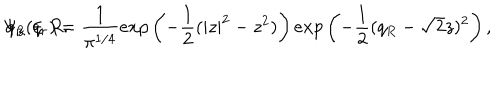
\Psi _ { z } ( q _ { r } ) = \frac { 1 } { \pi ^ { 1 / 4 } } e x p \left( - \frac { 1 } { 2 } ( | z | ^ { 2 } - z ^ { 2 } ) \right) e x p \left( - \frac { 1 } { 2 } ( q _ { R } - \sqrt { 2 } z ) ^ { 2 } \right) , \hspace { 0 . 7 i n } q _ { R } \in R .